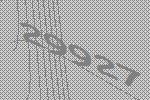
29927